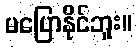
မပြောနိုင်ဘူး။